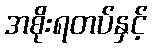
အစိုးရတပ်နှင့်